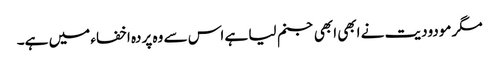
مگر مودودیت نے ابھی ابھی جنم لیا ہے اس سے وہ پردہ اخفاء میں ہے۔